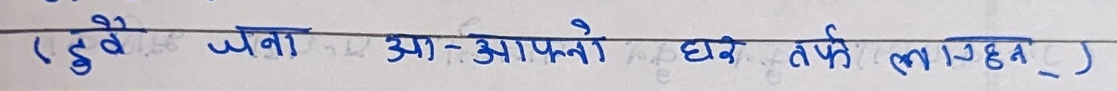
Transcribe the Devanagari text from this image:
(दुवै जना आ-आफ्नो घर तर्फ लागेछन्)